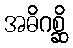
အဓိဂစ္ဆိ